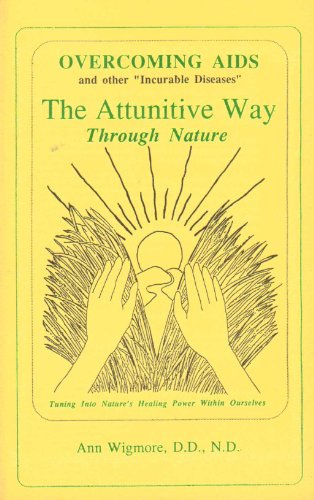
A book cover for Overcoming AIDS and other "incurable diseases" the attunitive way through nature; Ann Wigmore; Health, Fitness & Dieting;